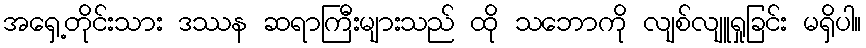
အရှေ့တိုင်းသား ဒဿန ဆရာကြီးများသည် ထို သဘောကို လျစ်လျူရှုခြင်း မရှိပါ။